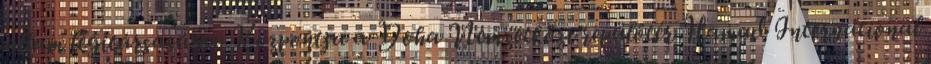
állam légitársasága. Központja a Doha Nemzetközi repülőtér Hamad International